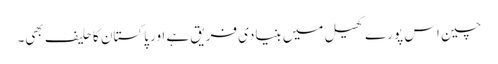
چین اس پورے کھیل میں بنیادی فریق ہے اور پاکستان کا حلیف بھی۔